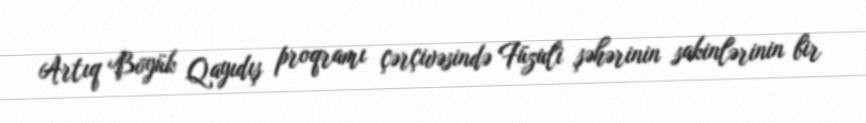
Artıq Böyük Qayıdış proqramı çərçivəsində Füzuli şəhərinin sakinlərinin bir